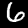
Label: 6